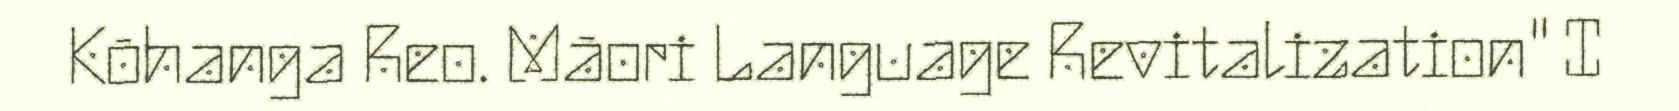
Kōhanga Reo. Māori Language Revitalization" I